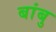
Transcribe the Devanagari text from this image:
बांबु